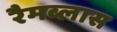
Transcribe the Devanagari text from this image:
रैमब्लास